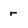
Character: r